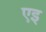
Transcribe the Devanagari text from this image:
एइ